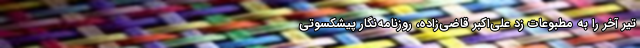
تیر آخر را به مطبوعات زد علی‌اکبر قاضی‌زاده، روزنامه‌نگار پیشکسوتی